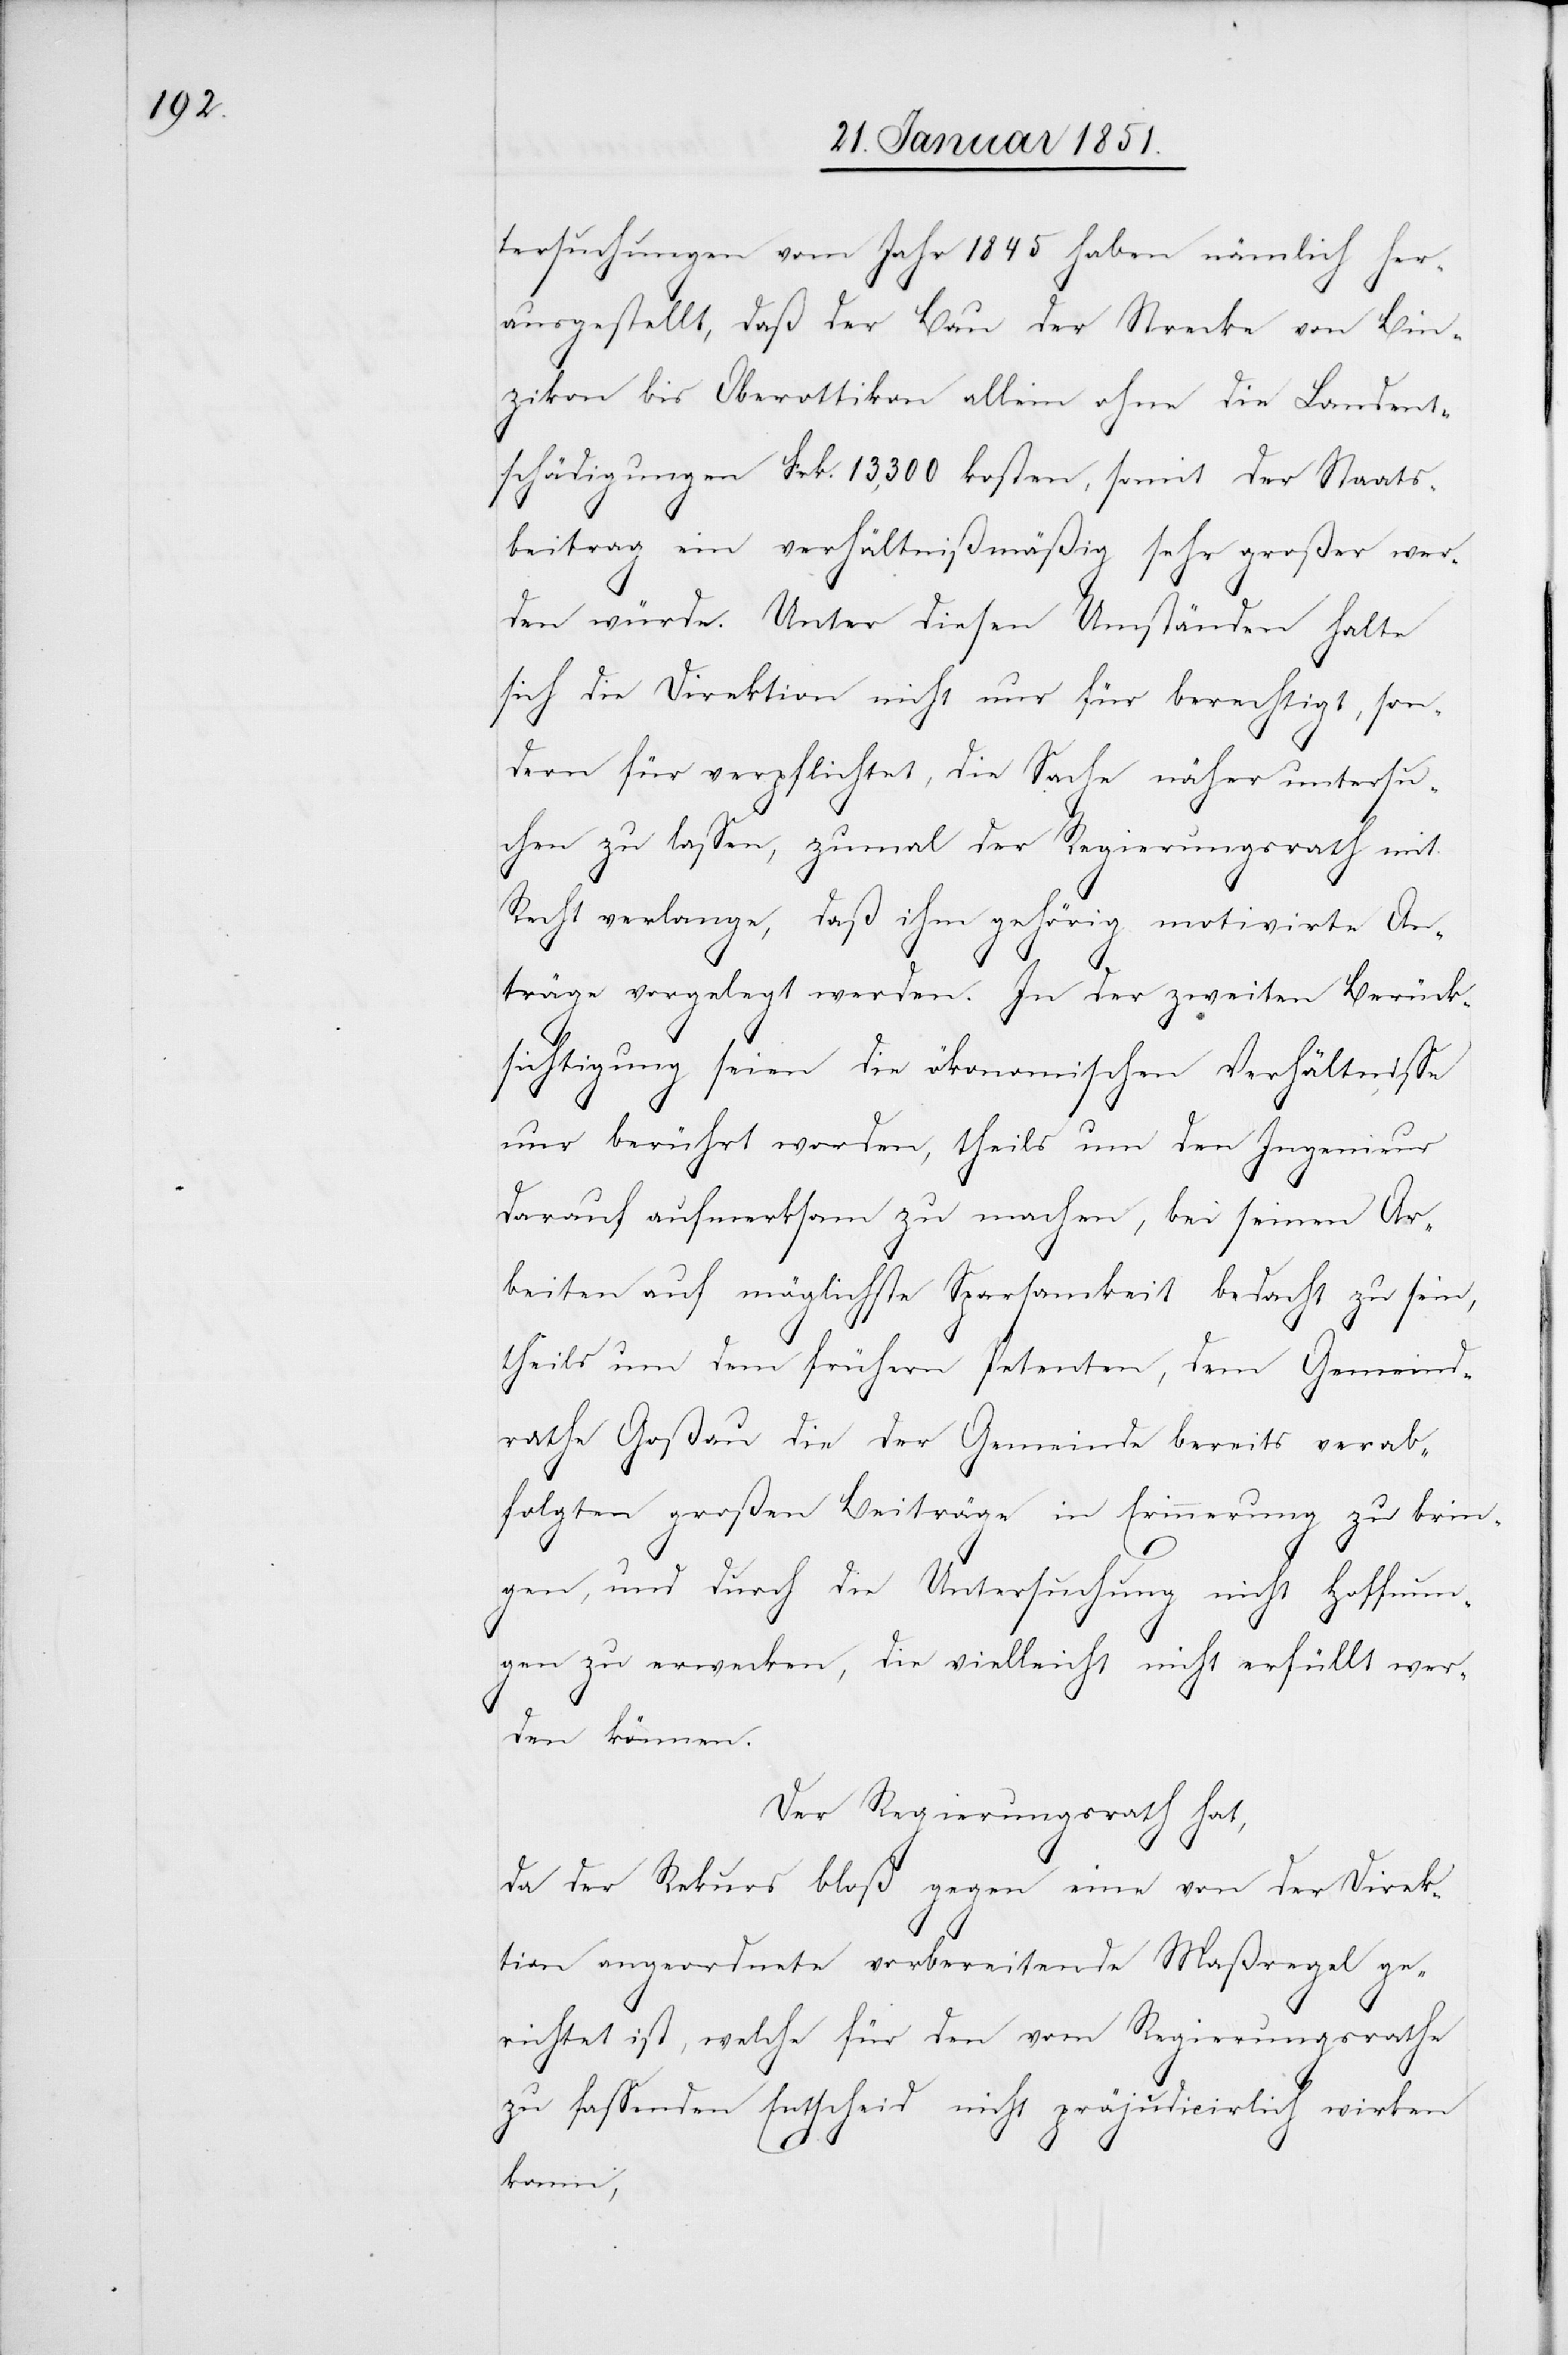
tersuchungen vom Jahr 1845 haben nämlich her¬
ausgestellt, daß der Bau der Strecke von Bin¬
zikon bis Oberottikon allein ohne die Landent¬
schädigungen Frk. 13,300 kosten, somit der Staats¬
beitrag ein verhältnißmäßig sehr großer wer¬
den würde. Unter diesen Umständen halte
sich die Direktion nicht nur für berechtigt, son¬
dern für verpflichtet, die Sache näher untersu¬
chen zu lassen, zumal der Regierungsrath mit
Recht verlange, daß ihm gehörig motivirte An¬
träge vorgelegt werden. In der zweiten Berück¬
sichtigung seien die ökonomischen Verhältnisse
nur berührt worden, theils um den Ingenieur
darauf aufmerksam zu machen, bei seinen Ar¬
beiten auf möglichste Sparsamkeit bedacht zu sein,
theils um dem frühern Petenten, dem Gemeind¬
rathe Goßau die der Gemeinde bereits verab¬
folgten großen Beiträge in Erinnerung zu brin¬
gen, und durch die Untersuchung nicht Hoffnun¬
gen zu erwecken, die vielleicht nicht erfüllt wer¬
den können.
Der Regierungsrath hat,
da der Rekurs bloß gegen eine von der Direk¬
tion angeordnete vorbereitende Maßregel ge¬
richtet ist, welche für den vom Regierungsrathe
zu fassenden Entscheid nicht präjudicirlich wirken
kann,